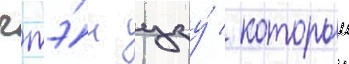
чжэ́н цзу́ / которыи